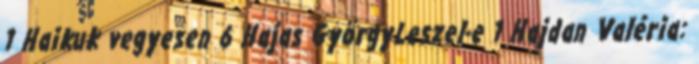
1 Haikuk vegyesen 6 Hajas GyörgyLeszel-e 1 Hajdan Valéria: